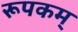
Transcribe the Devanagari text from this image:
रूपकम्